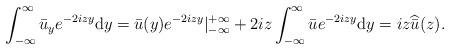
LaTeX: \begin{align*}\begin{aligned}& \int_{-\infty}^{\infty} \bar{u}_y e^{-2izy} \mathrm{d}y = \bar{u}(y) e^{-2izy}|_{-\infty}^{+\infty}+2iz \int_{-\infty}^{\infty} \bar{u}e^{-2izy}\mathrm{d}y= i z \widehat{\bar{u} } ( z).\end{aligned}\end{align*}